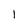
Character: 1